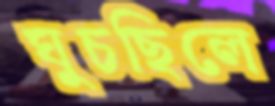
ঘুচছিলে